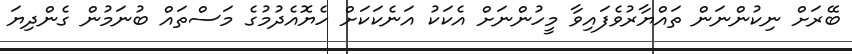
ބޭރަށް ނިކުންނަން ތައްޔާރުވެފައިވާ މީހުންނަށް އެކަކު އަނެކަކަށް ހެޔޮއެދުމުގެ މަސްތައް ބުނަމުން ގެންދިޔަ